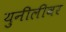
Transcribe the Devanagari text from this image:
युनीलीवर